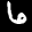
Label: 6